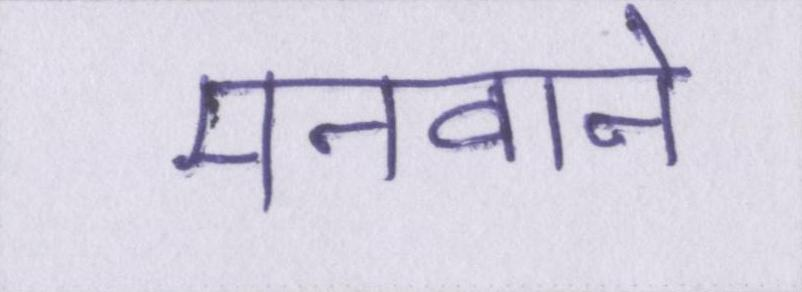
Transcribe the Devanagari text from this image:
मनवाने